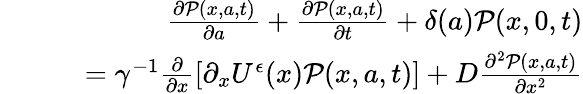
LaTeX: \begin{array}{rlr}&{}&{\frac{\partial{\mathcal P}(x,a,t)}{\partial a}+\frac{\partial{\mathcal P}(x,a,t)}{\partial t}+\delta(a){\mathcal P}(x,0,t)}\\ &{}&{\quad=\gamma^{-1}\frac{\partial}{\partial x}\left[\partial_{x}U^{\epsilon}(x){\mathcal P}(x,a,t)\right]+D\frac{\partial^{2}{\mathcal P}(x,a,t)}{\partial x^{2}}}\end{array}